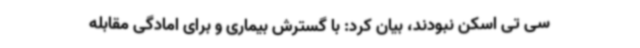
سی تی اسکن نبودند، بیان کرد: با گسترش بیماری و برای امادگی مقابله